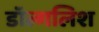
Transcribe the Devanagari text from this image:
डॉल्गलिश